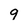
Character: 9